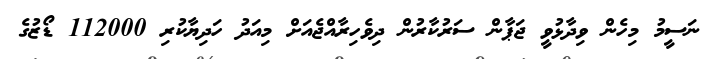
ނަސީމު މިހެން ވިދާޅުވީ ޖަޕާން ސަރުކާރުން ދިވެހިރާއްޖެއަށް މިއަދު ހަދިޔާކުރި 112000 ޑޯޒުގެ